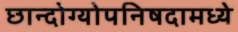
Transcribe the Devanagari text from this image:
छान्दोग्योपनिषदामध्ये